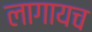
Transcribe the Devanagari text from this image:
लागायच